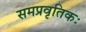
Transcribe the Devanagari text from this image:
समप्रवृतिकः